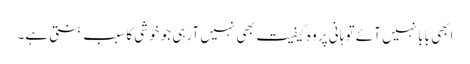
ابھی بابا نہیں آئے تو ہانی پر وہ کیفیت بھی نہیں آرہی جو خوشی کا سبب بنتی ہے۔